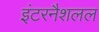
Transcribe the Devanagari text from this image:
इंटरनैशलल